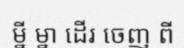
ម្នី ម្នា ដើរ ចេញ ពី